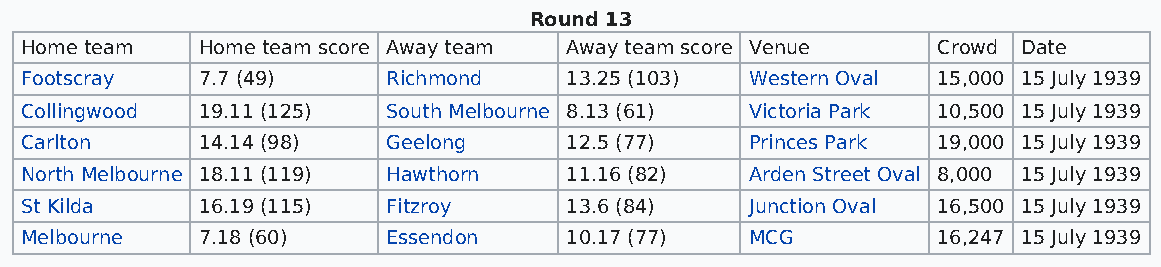
Round 13
 Home team   Home team score Away team Away team score Venue  Crowd Date
 Footscray   7.7 (49)     Richmond   13.25 (103)  Western Oval 15,000 15 July 1939
 Collingwood 19.11 (125)  South Melbourne 8.13 (61) Victoria Park 10,500 15 July 1939
 Carlton     14.14 (98)   Geelong    12.5 (77)    Princes Park 19,000 15 July 1939
 North Melbourne 18.11 (119) Hawthorn 11.16 (82)  Arden Street Oval 8,000 15 July 1939
 St Kilda    16.19 (115)  Fitzroy    13.6 (84)    Junction Oval 16,500 15 July 1939
 Melbourne   7.18 (60)    Essendon   10.17 (77)   MCG         16,247 15 July 1939